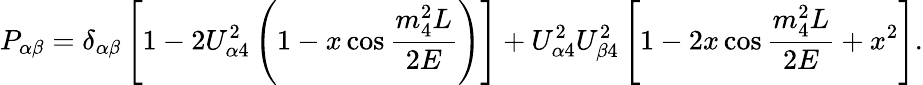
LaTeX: P_{\alpha\beta}=\delta_{\alpha\beta}\left[1-2U_{\alpha 4}^{2}\left(1-x\cos{\frac{m_{4}^{2}L}{2E}}\right)\right]+U_{\alpha 4}^{2}U_{\beta 4}^{2}\left[1-2x\cos{\frac{m_{4}^{2}L}{2E}}+x^{2}\right].